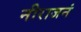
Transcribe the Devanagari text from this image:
नीराजनं